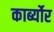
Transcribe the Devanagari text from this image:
कार्ब्योर